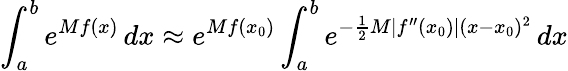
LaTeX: \int_{a}^{b}e^{Mf(x)}\, dx\approx e^{Mf(x_{0})}\int_{a}^{b}e^{-{\frac{1}{2}}M|f^{\prime\prime}(x_{0})|(x-x_{0})^{2}}\, dx